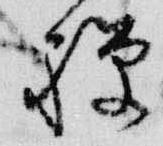
禅